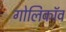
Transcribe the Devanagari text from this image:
गोलिकॉव